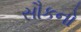
સૌકનો